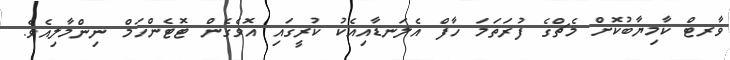
ވާރޓް ކާމިޔާބުކޮށް މެޗްގެ ފުރަތަމަ ހާފް އެލަނޑާއިއެކު ކުރީގައި އޮވެގެން ޓޮޓެންހަމް ނިންމާލިއެވެ.